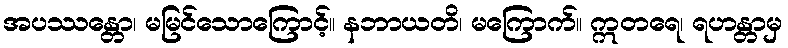
အပဿန္တော၊ မမြင်သောကြောင့်။ နဘာယတိ၊ မကြောက်။ ဣတရေ၊ ရဟန္တာမှ